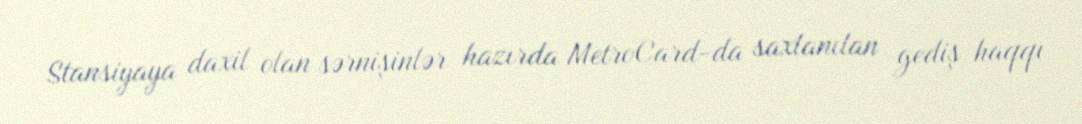
Stansiyaya daxil olan sərnişinlər hazırda MetroCard-da saxlanılan gediş haqqı